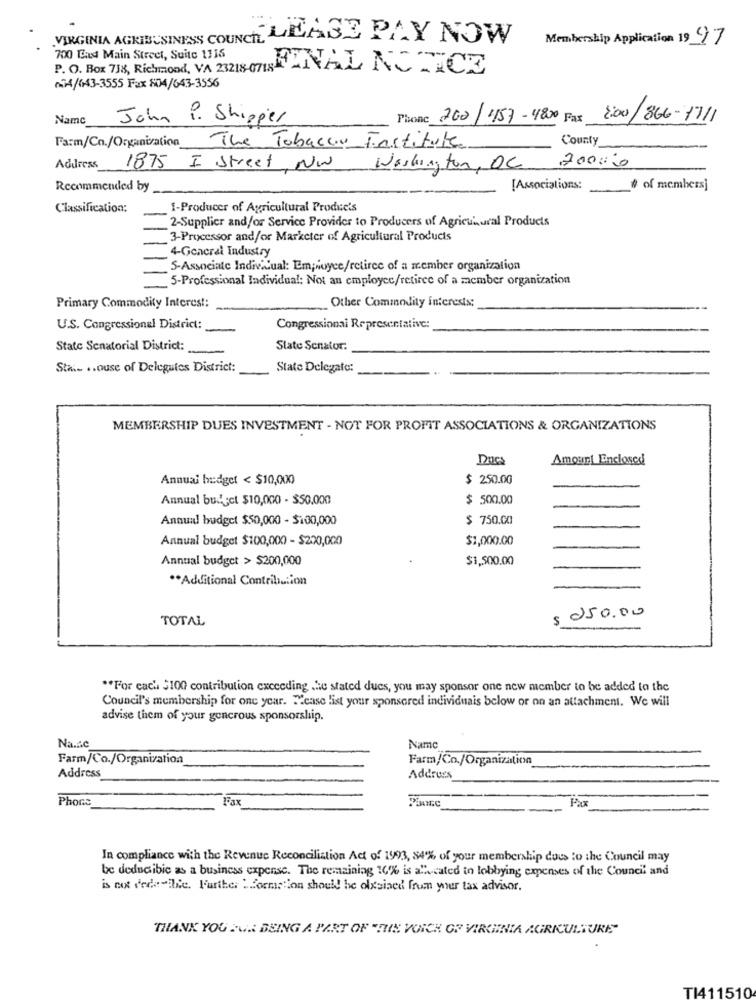
VIRGINIA AGRIBUSINESS COUNCE LEASE PAY NOW
Membership Application 19 97
700 End Main Street, Suite 1116
.. O. Box 738, Richmond, VA 23218-75MINNAL NOTICE
004/643-3555 Fax 804/643-3556
Name John P. Shipper
Phone 200/457-4800 Fax :00/866-1711
County
Farm/Cn./Organization The Tobacco Fastitute
200000
Address
1875 I Street NW
Washington, DC
Recommended by
[Associations:
-
# of membersj
Classification:
1-Producer of Agricultural Products
2-Supplier and/or Service Provider to Producers of Agricultural Products
3-Processor and/or Marketer of Agricultural Products
4-General Industry
S-Associate Individual: Employee/retiree of a member organization
5-Professional Individual: Not an employee/retiree of a member organization
Other Commodity interests;
Primary Commodity Interest:
U.S. Congressional District:
Congressional Representative:
State Senatorial District:
Slate Senator.
Sta. .. ouse of Delegutes District:
State Delegato:
MEMBERSHIP DUES INVESTMENT - NOT FOR PROFIT ASSOCIATIONS & ORGANIZATIONS
Amour! Enclosed
Annuai budget < $10,000
$ 250.00
Annual budget $10,000 - $50.000
$ 500.00
Annuit budget $50,000 - $100,000
$ 750.00
Annual budget $100,000 - $200,000
$1,000.00
Annual budget > $200,000
$1,500.00
** Additional Contribution
TOTAL
$ 250.00
** For each $100 contribution exceeding .He stated dues, you may sponsor one new member to be added to the
Council's membership for one year. Mease list your sponsored individuais below or on an attachment. We will
advise them of your generous sponsorship.
Na.r.c
Name
Farm/Co./Organization
Farm/Co./Organization
Address
Address
Phone
Fax
Fax
In compliance with the Revenue Reconciliation Act of 1993, 84% of your membership does to the Council may
be deducibic as a business expense. The remaining 16% is a" cated in lobbying expenses of the Council and
is not dedeville. Further "formation should be olxsiaed from your tax advisor.
THANK YOU FOR BEING A PART OF "THE VOICE OF VIRGINIA AGRICULTURE"
TI411510